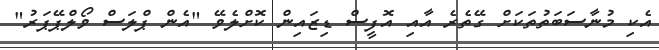
އެކި މުނާސަބަތުތަކަށް ގޭތެރެ އާއި އޮފީސް ޑިޒައިން ކޮށްލެވޭ "އެން ޕްލަސް ވޯލްޕޭޕަރު"